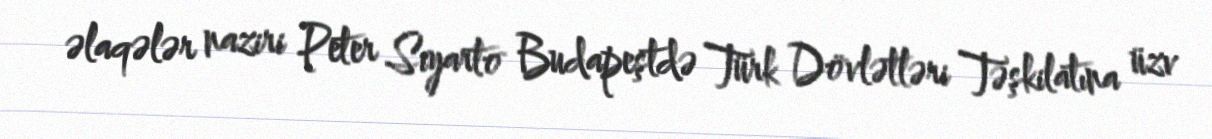
əlaqələr naziri Peter Siyarto Budapeştdə Türk Dövlətləri Təşkilatına üzv